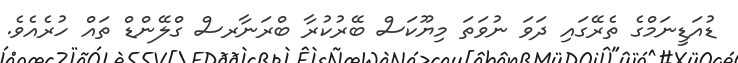
ޑުއަޑީނަމްގެ ތެރޭގައި ދަވަ ނުވަތަ މިޔޫކަސް ބޭރުކުރާ ބްރަނާރސް ގްލޭންޑް ތައް ހުރެއެވެ.